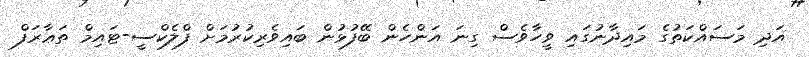
އަދި މަސައްކަތުގެ މައިދާނުގައި ވީހާވެސް ގިނަ އަންހެން ބޭފުޅުން ބައިވެރިކުރުމަށް ފްލެކްސީ-ޓައިމް ތަޢާރަފް